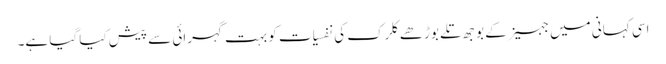
اسی کہانی میں جہیز کے بوجھ تلے بوڑھے کلرک کی نفسیات کو بہت گہرائی سے پیش کیا گیا ہے۔